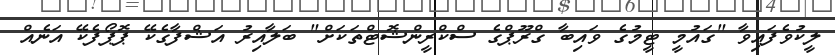
ލީކުވެފައިވާ "ގައުމީ ޓީމުގެ ވައިބާ ގްރޫޕްގެ ސްކްރީންޝޮޓްތަކަށް" ބަލާއިރު އަޝްފާގެކޭ ޕޮޕޯފެކޭ އަނެއް